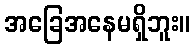
အခြေအနေမရှိဘူး။